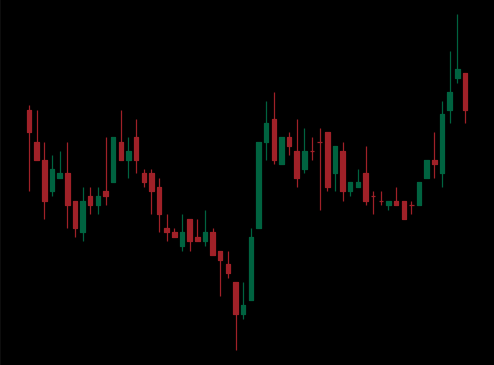
Pattern: inverse_head_shoulders